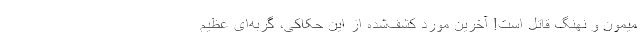
میمون و نهنگ قاتل است! آخرین مورد کشف‌شده از این حکاکی، گربه‌ای عظیم